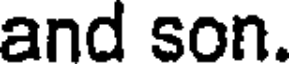
and son.